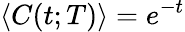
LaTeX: \langle C(t;T)\rangle=e^{-t}